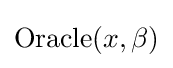
{\text{Oracle}}(x,\beta )